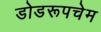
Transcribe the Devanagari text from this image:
डोडरूपचेम